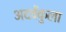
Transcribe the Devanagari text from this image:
अदवेंकुला